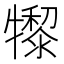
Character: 𤛺